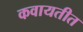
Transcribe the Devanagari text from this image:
कवायतीत